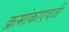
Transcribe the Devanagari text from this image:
क्रमांकाएवजी